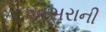
અસરાની